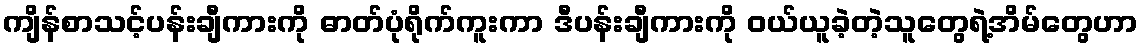
ကျိန်စာသင့်ပန်းချီကားကို ဓာတ်ပုံရိုက်ကူးကာ ဒီပန်းချီကားကို ဝယ်ယူခဲ့တဲ့သူတွေရဲ့အိမ်တွေဟာ